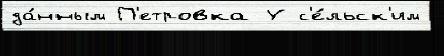
да́нным П'етровка У с'е́льск'им